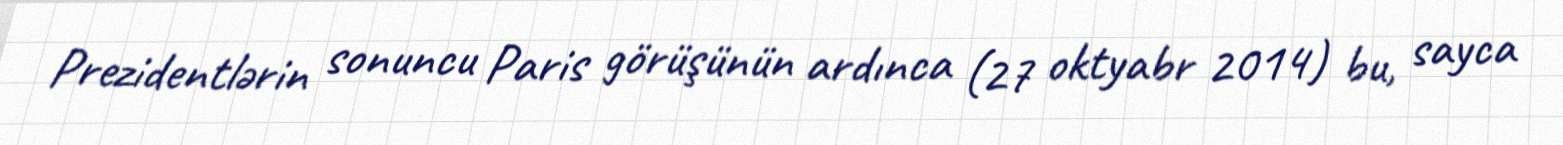
Prezidentlərin sonuncu Paris görüşünün ardınca (27 oktyabr 2014) bu, sayca